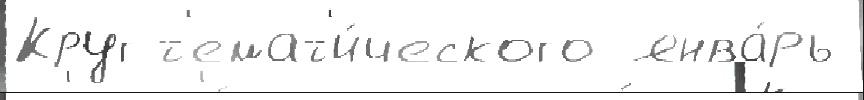
Круг т'емат'и́ческого янва́рь